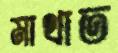
মাথাত